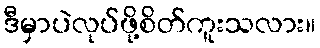
ဒီမှာပဲလုပ်ဖို့စိတ်ကူးသလား။